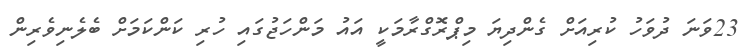
23ވަނަ ދުވަހު ކުރިއަށް ގެންދިޔަ މިޕްރޮގްރާމަކީ އައު މަންހަޖުގައި ހުރި ކަންކަމަށް ބެލެނިވެރިން